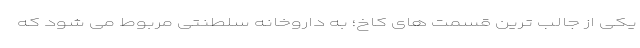
یکی از جالب ترین قسمت های کاخ؛ به داروخانه سلطنتی مربوط می شود که